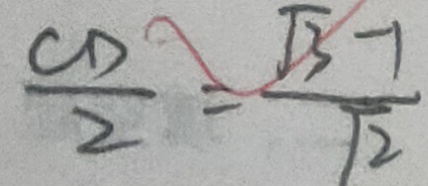
\frac { C D } { 2 } = \frac { \sqrt { 3 } - 1 } { \sqrt { 2 } }